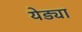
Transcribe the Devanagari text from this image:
येड्या